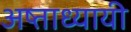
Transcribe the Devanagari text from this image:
अष्ताध्यायी